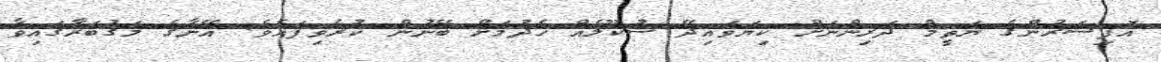
އޮފިސަރުންގެ ޔަތީމް ދަރިންނަށް ކިޔަވައިދޭ ސުކޫލެއް ހެދުމަށް ބޭނުން ކުރެވިފައެވެ. އޭނާގެ މަގުބަރާގައިވާ